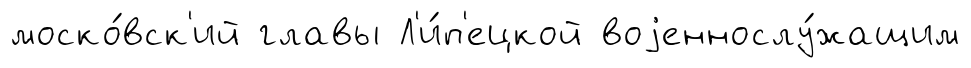
моско́вск'ий главы Л'и́п'ецкой воjеннослу́жащим